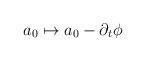
LaTeX: \begin{align*}a_0 \mapsto a_0 - \partial_t \phi \end{align*}